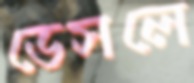
ডেসলে